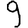
Digit: 9